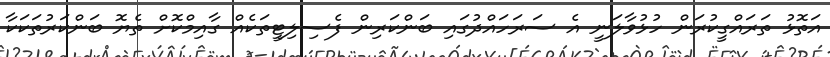
އަތޮޅު ތަރައްގީކުރަން ހުޅުވާލަނީ އެ ސަރަހައްދުގައި ބަންކަރިން ފެސިލިޓީތަކެއް ގާއިމްކޮށް ތެޔޮ ބަންކަރުތަކަކާ